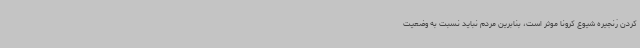
کردن زنجیره شیوع کرونا موثر است، بنابرین مردم نباید نسبت به وضعیت